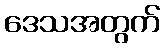
ဒေသအတွက်